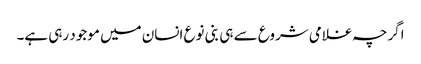
اگرچہ غلامی شروع سے ہی بنی نوع انسان میں موجود رہی ہے۔